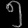
Digit: ၅